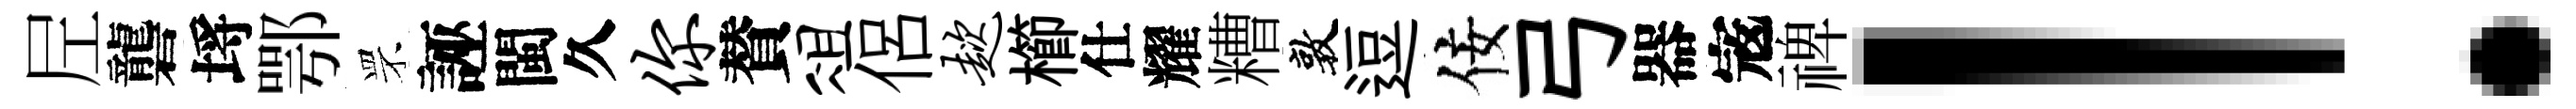
𡰱礱埓鄂罘誣閩久你賛俎侶趑櫛仕耀糟敦逗佞弓器𡨥禆！